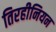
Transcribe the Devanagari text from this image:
तिरहीनियन